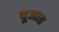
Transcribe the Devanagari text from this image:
चूआड